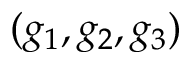
( g _ { 1 } , g _ { 2 } , g _ { 3 } )